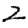
Digit: 2